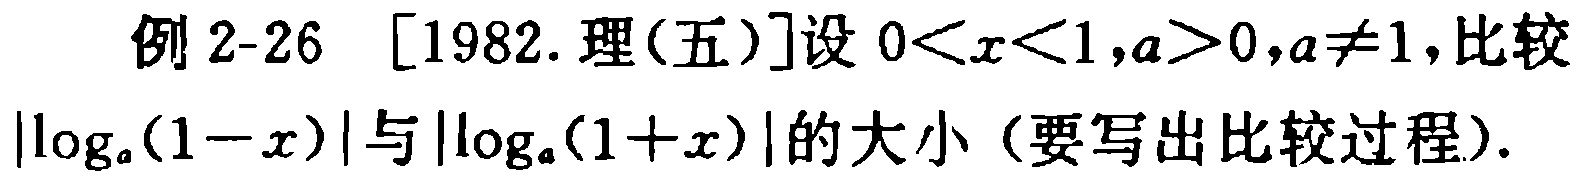
例 2-26 [1982.理(五)]设 \(0<x<1,a>0,a\neq1\), 比较\(\vert\log_{a}(1 - x)\vert\)与\(\vert\log_{a}(1 + x)\vert\)的大小（要写出比较过程）.